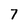
Character: 7